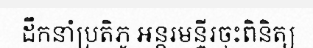
ដឹកនាំប្រតិភូ អន្តរមន្ទីរចុះពិនិត្យ